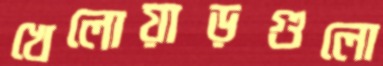
খেলোয়াড়গুলো